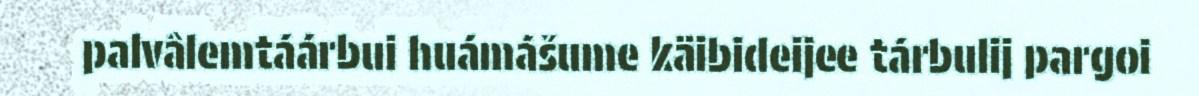
palvâlemtáárbui huámášume käibideijee tárbulij pargoi